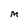
Character: M